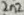
Text: 2n2